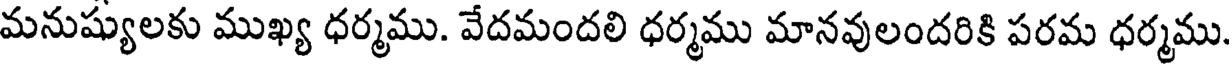
మనుష్యులకు ముఖ్య ధర్మము. వేదమందలి ధర్మము మానవులందరికి పరమ ధర్మము